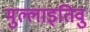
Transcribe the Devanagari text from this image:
मुल्लाइतिवु